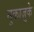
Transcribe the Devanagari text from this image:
नुकाज़ुके